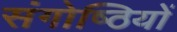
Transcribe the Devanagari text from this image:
संगोष्‍ठियों